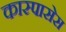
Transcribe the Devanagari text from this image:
कास्पासेस